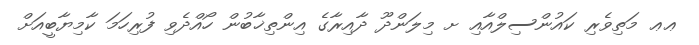
ޢޢ މަތިވެރި ކައުންސިލްއާއި ށ މިލަންދޫ ދާއިރާގެ އިންތިޚާބުން ހޯއްދެވި ފުރިހަމަ ކާމިޔާބީއަށް